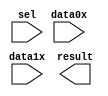
// megafunction wizard: %LPM_MUX%VBB%
// GENERATION: STANDARD
// VERSION: WM1.0
// MODULE: LPM_MUX 

// ============================================================
// Megafunction Name(s):
// 			LPM_MUX
//
// Simulation Library Files(s):
// 			lpm
// ============================================================
// ************************************************************
// THIS IS A WIZARD-GENERATED FILE. DO NOT EDIT THIS FILE!
//
// 18.0.0 Build 614 04/24/2018 SJ Lite Edition
// ************************************************************

//Copyright (C) 2018  Intel Corporation. All rights reserved.
//Your use of Intel Corporation's design tools, logic functions 
//and other software and tools, and its AMPP partner logic 
//functions, and any output files from any of the foregoing 
//(including device programming or simulation files), and any 
//associated documentation or information are expressly subject 
//to the terms and conditions of the Intel Program License 
//Subscription Agreement, the Intel Quartus Prime License Agreement,
//the Intel FPGA IP License Agreement, or other applicable license
//agreement, including, without limitation, that your use is for
//the sole purpose of programming logic devices manufactured by
//Intel and sold by Intel or its authorized distributors.  Please
//refer to the applicable agreement for further details.

module lpm_mux0 (
	data0x,
	data1x,
	sel,
	result);

	input	[31:0]  data0x;
	input	[31:0]  data1x;
	input	  sel;
	output	[31:0]  result;

endmodule

// ============================================================
// CNX file retrieval info
// ============================================================
// Retrieval info: PRIVATE: INTENDED_DEVICE_FAMILY STRING "Cyclone II"
// Retrieval info: PRIVATE: SYNTH_WRAPPER_GEN_POSTFIX STRING "0"
// Retrieval info: PRIVATE: new_diagram STRING "1"
// Retrieval info: LIBRARY: lpm lpm.lpm_components.all
// Retrieval info: CONSTANT: LPM_SIZE NUMERIC "2"
// Retrieval info: CONSTANT: LPM_TYPE STRING "LPM_MUX"
// Retrieval info: CONSTANT: LPM_WIDTH NUMERIC "32"
// Retrieval info: CONSTANT: LPM_WIDTHS NUMERIC "1"
// Retrieval info: USED_PORT: data0x 0 0 32 0 INPUT NODEFVAL "data0x[31..0]"
// Retrieval info: USED_PORT: data1x 0 0 32 0 INPUT NODEFVAL "data1x[31..0]"
// Retrieval info: USED_PORT: result 0 0 32 0 OUTPUT NODEFVAL "result[31..0]"
// Retrieval info: USED_PORT: sel 0 0 0 0 INPUT NODEFVAL "sel"
// Retrieval info: CONNECT: @data 0 0 32 0 data0x 0 0 32 0
// Retrieval info: CONNECT: @data 0 0 32 32 data1x 0 0 32 0
// Retrieval info: CONNECT: @sel 0 0 1 0 sel 0 0 0 0
// Retrieval info: CONNECT: result 0 0 32 0 @result 0 0 32 0
// Retrieval info: GEN_FILE: TYPE_NORMAL lpm_mux0.v TRUE
// Retrieval info: GEN_FILE: TYPE_NORMAL lpm_mux0.inc FALSE
// Retrieval info: GEN_FILE: TYPE_NORMAL lpm_mux0.cmp FALSE
// Retrieval info: GEN_FILE: TYPE_NORMAL lpm_mux0.bsf TRUE
// Retrieval info: GEN_FILE: TYPE_NORMAL lpm_mux0_inst.v FALSE
// Retrieval info: GEN_FILE: TYPE_NORMAL lpm_mux0_bb.v TRUE
// Retrieval info: LIB_FILE: lpm